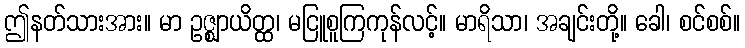
ဤနတ်သားအား။ မာ ဥဇ္ဈာယိတ္ထ၊ မငြူစူကြကုန်လင့်။ မာရိသာ၊ အချင်းတို့။ ခေါ၊ စင်စစ်။